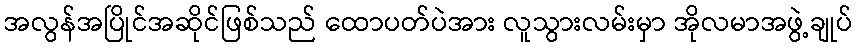
အလွန်အပြိုင်အဆိုင်ဖြစ်သည် ထောပတ်ပဲအား လူသွားလမ်းမှာ အိုလမာအဖွဲ့ချုပ်